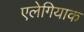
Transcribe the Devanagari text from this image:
एलेगियाक